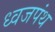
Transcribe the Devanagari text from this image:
ध्वजपंथ